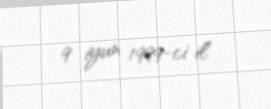
9 iyun 1999-ci il